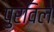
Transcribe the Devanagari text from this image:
पुरविल